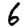
Digit: 6